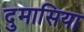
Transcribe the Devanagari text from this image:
दुमासिया